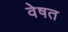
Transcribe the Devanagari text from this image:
वेषत